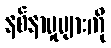
နစ်နာမှုများကို